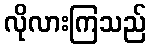
လိုလားကြသည်